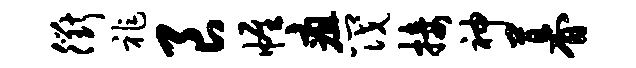
衢祚良帷疽筏接神暮